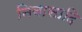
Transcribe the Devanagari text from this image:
निवासादि